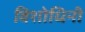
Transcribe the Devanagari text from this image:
विशोधिनी